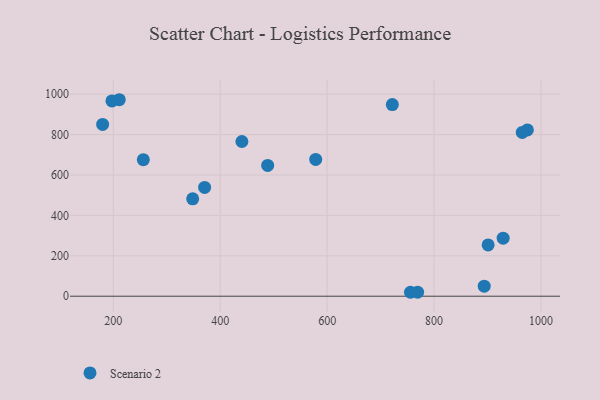
{"axis": {"x": "Speed", "y": "Sales"}, "legend": ["Scenario 2"], "data": [{"x": "180.2", "y": 850.3, "type": "Scenario 2"}, {"x": "901.0", "y": 253.8, "type": "Scenario 2"}, {"x": "974.4", "y": 823.3, "type": "Scenario 2"}, {"x": "755.8", "y": 19.5, "type": "Scenario 2"}, {"x": "256.3", "y": 676.0, "type": "Scenario 2"}, {"x": "440.6", "y": 765.8, "type": "Scenario 2"}, {"x": "721.9", "y": 948.8, "type": "Scenario 2"}, {"x": "211.3", "y": 972.6, "type": "Scenario 2"}, {"x": "578.6", "y": 677.1, "type": "Scenario 2"}, {"x": "964.8", "y": 810.9, "type": "Scenario 2"}, {"x": "893.7", "y": 49.9, "type": "Scenario 2"}, {"x": "370.9", "y": 538.7, "type": "Scenario 2"}, {"x": "488.8", "y": 647.6, "type": "Scenario 2"}, {"x": "348.6", "y": 482.1, "type": "Scenario 2"}, {"x": "769.1", "y": 20.1, "type": "Scenario 2"}, {"x": "197.6", "y": 966.6, "type": "Scenario 2"}, {"x": "929.1", "y": 287.4, "type": "Scenario 2"}]}